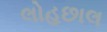
લોહછાલ